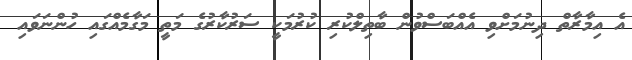
އެ އިމާރާތް ދިނުމަށްވި އެއްބަސްވުން ބާތިލްކުރި ކުރުމަކީ ސަރުކާރުގެ މަތީ މަގާމެއްގައި ހުންނަވައި